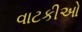
વાટકીઓ